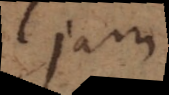
jam